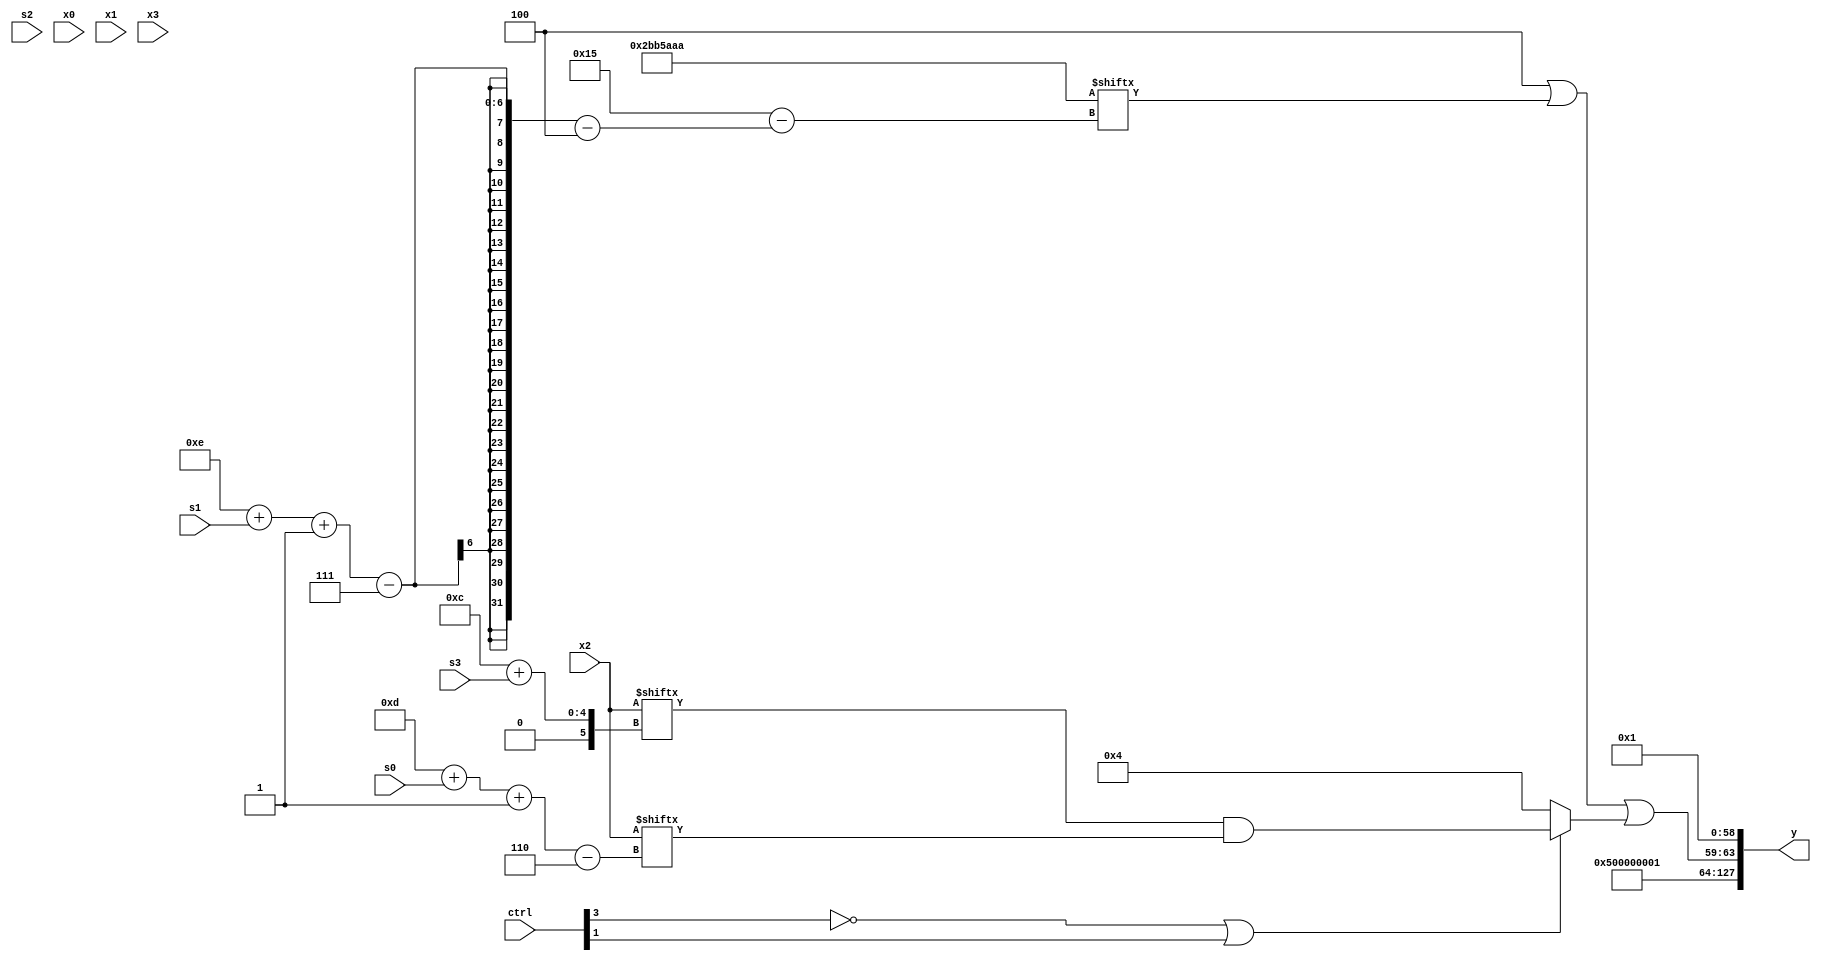
module partsel_00630(ctrl, s0, s1, s2, s3, x0, x1, x2, x3, y);
  input [3:0] ctrl;
  input [2:0] s0;
  input [2:0] s1;
  input [2:0] s2;
  input [2:0] s3;
  input signed [31:0] x0;
  input signed [31:0] x1;
  input [31:0] x2;
  input signed [31:0] x3;
  wire [6:29] x4;
  wire signed [28:3] x5;
  wire signed [6:24] x6;
  wire signed [24:3] x7;
  wire [5:30] x8;
  wire signed [31:4] x9;
  wire signed [0:25] x10;
  wire signed [2:29] x11;
  wire [30:2] x12;
  wire [30:7] x13;
  wire [2:29] x14;
  wire [0:26] x15;
  output [127:0] y;
  wire signed [31:0] y0;
  wire [31:0] y1;
  wire [31:0] y2;
  wire signed [31:0] y3;
  assign y = {y0,y1,y2,y3};
  localparam [3:31] p0 = 270179524;
  localparam signed [1:27] p1 = 713607811;
  localparam [4:31] p2 = 45832874;
  localparam signed [7:24] p3 = 496534456;
  assign x4 = (x3[31 + s1 -: 2] - (x2[17 + s3] ^ p0[14 + s2]));
  assign x5 = p1;
  assign x6 = (ctrl[1] || !ctrl[2] || !ctrl[0] ? x4[22] : x3);
  assign x7 = x0[19 + s0 +: 7];
  assign x8 = p0[18 +: 2];
  assign x9 = {{(x0[14 + s0] - ((x6[6 + s1] | p3[21]) | ((x0[14 +: 3] & x8[16 +: 1]) & x2[5 + s0]))), x0[17]}, x5};
  assign x10 = p0[8 + s2];
  assign x11 = (x0[18] & {2{p0[10 + s3]}});
  assign x12 = p0[13 + s1 +: 1];
  assign x13 = x12[4 + s3];
  assign x14 = x5[31 + s0 -: 2];
  assign x15 = x13[25 + s0 +: 7];
  assign y0 = p2[8 +: 3];
  assign y1 = p2[22 -: 1];
  assign y2 = {{(((p3 | p1) + (ctrl[0] || ctrl[3] && ctrl[3] ? x15[11 + s0] : p2[3 + s3 +: 1])) - (p2 + {2{(p1[20 + s2 +: 3] & x9[17 +: 1])}})), ((p0 | {2{p2[14 + s1 -: 7]}}) | (!ctrl[3] || ctrl[1] && ctrl[1] ? {x12[13 + s0], (x2[12 + s3] & x2[13 + s0 -: 6])} : (p0 + x13[17])))}, (x14[10] & p1)};
  assign y3 = p1[12 -: 4];
endmodule